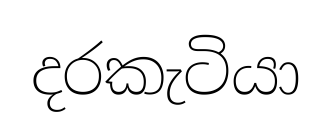
දරකැටියා